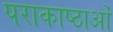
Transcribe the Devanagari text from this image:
पराकाष्ठाओं